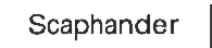
Scaphander